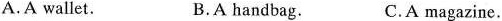
A.A wallet. B.A handbag. C.A magazine.